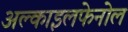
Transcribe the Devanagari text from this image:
अल्काइलफेनोल